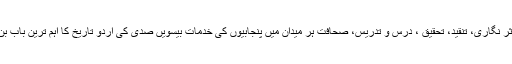
شاعری، نثر نگاری، تنقید، تحقیق ، درس و تدریس، صحافت ہر میدان میں پنجابیوں کی خدمات بیسویں صدی کی اردو تاریخ کا اہم ترین باب بن چکی ہیں۔